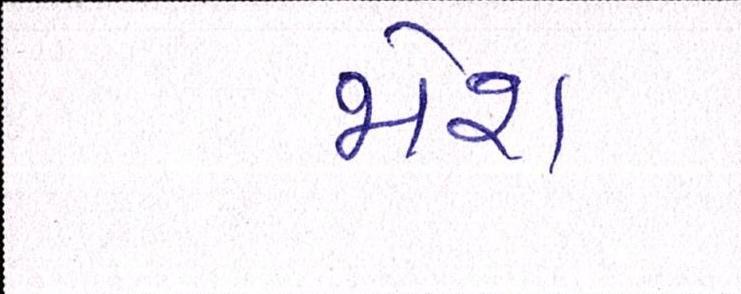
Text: જોશ